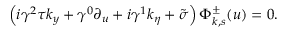
\left( i \gamma ^ { 2 } \tau k _ { y } + \gamma ^ { 0 } \partial _ { u } + i \gamma ^ { 1 } k _ { \eta } + \tilde { \sigma } \right) \Phi _ { k , s } ^ { \pm } ( u ) = 0 .